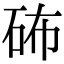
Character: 𥑢